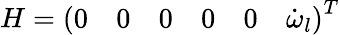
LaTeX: H=\left(\begin{array}{cccccc}{0}&{0}&{0}&{0}&{0}&{\dot{\omega}_{l}}\end{array}\right)^{T}